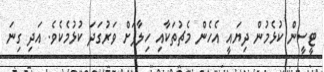
ޓީސީން ކުޅެމުން ދިޔައީ އެހެން މެޗުތަކާއި ހިލާފަށް ވަރުގަދަ ކުޅުމެކެވެ. އަދި ގިނަ